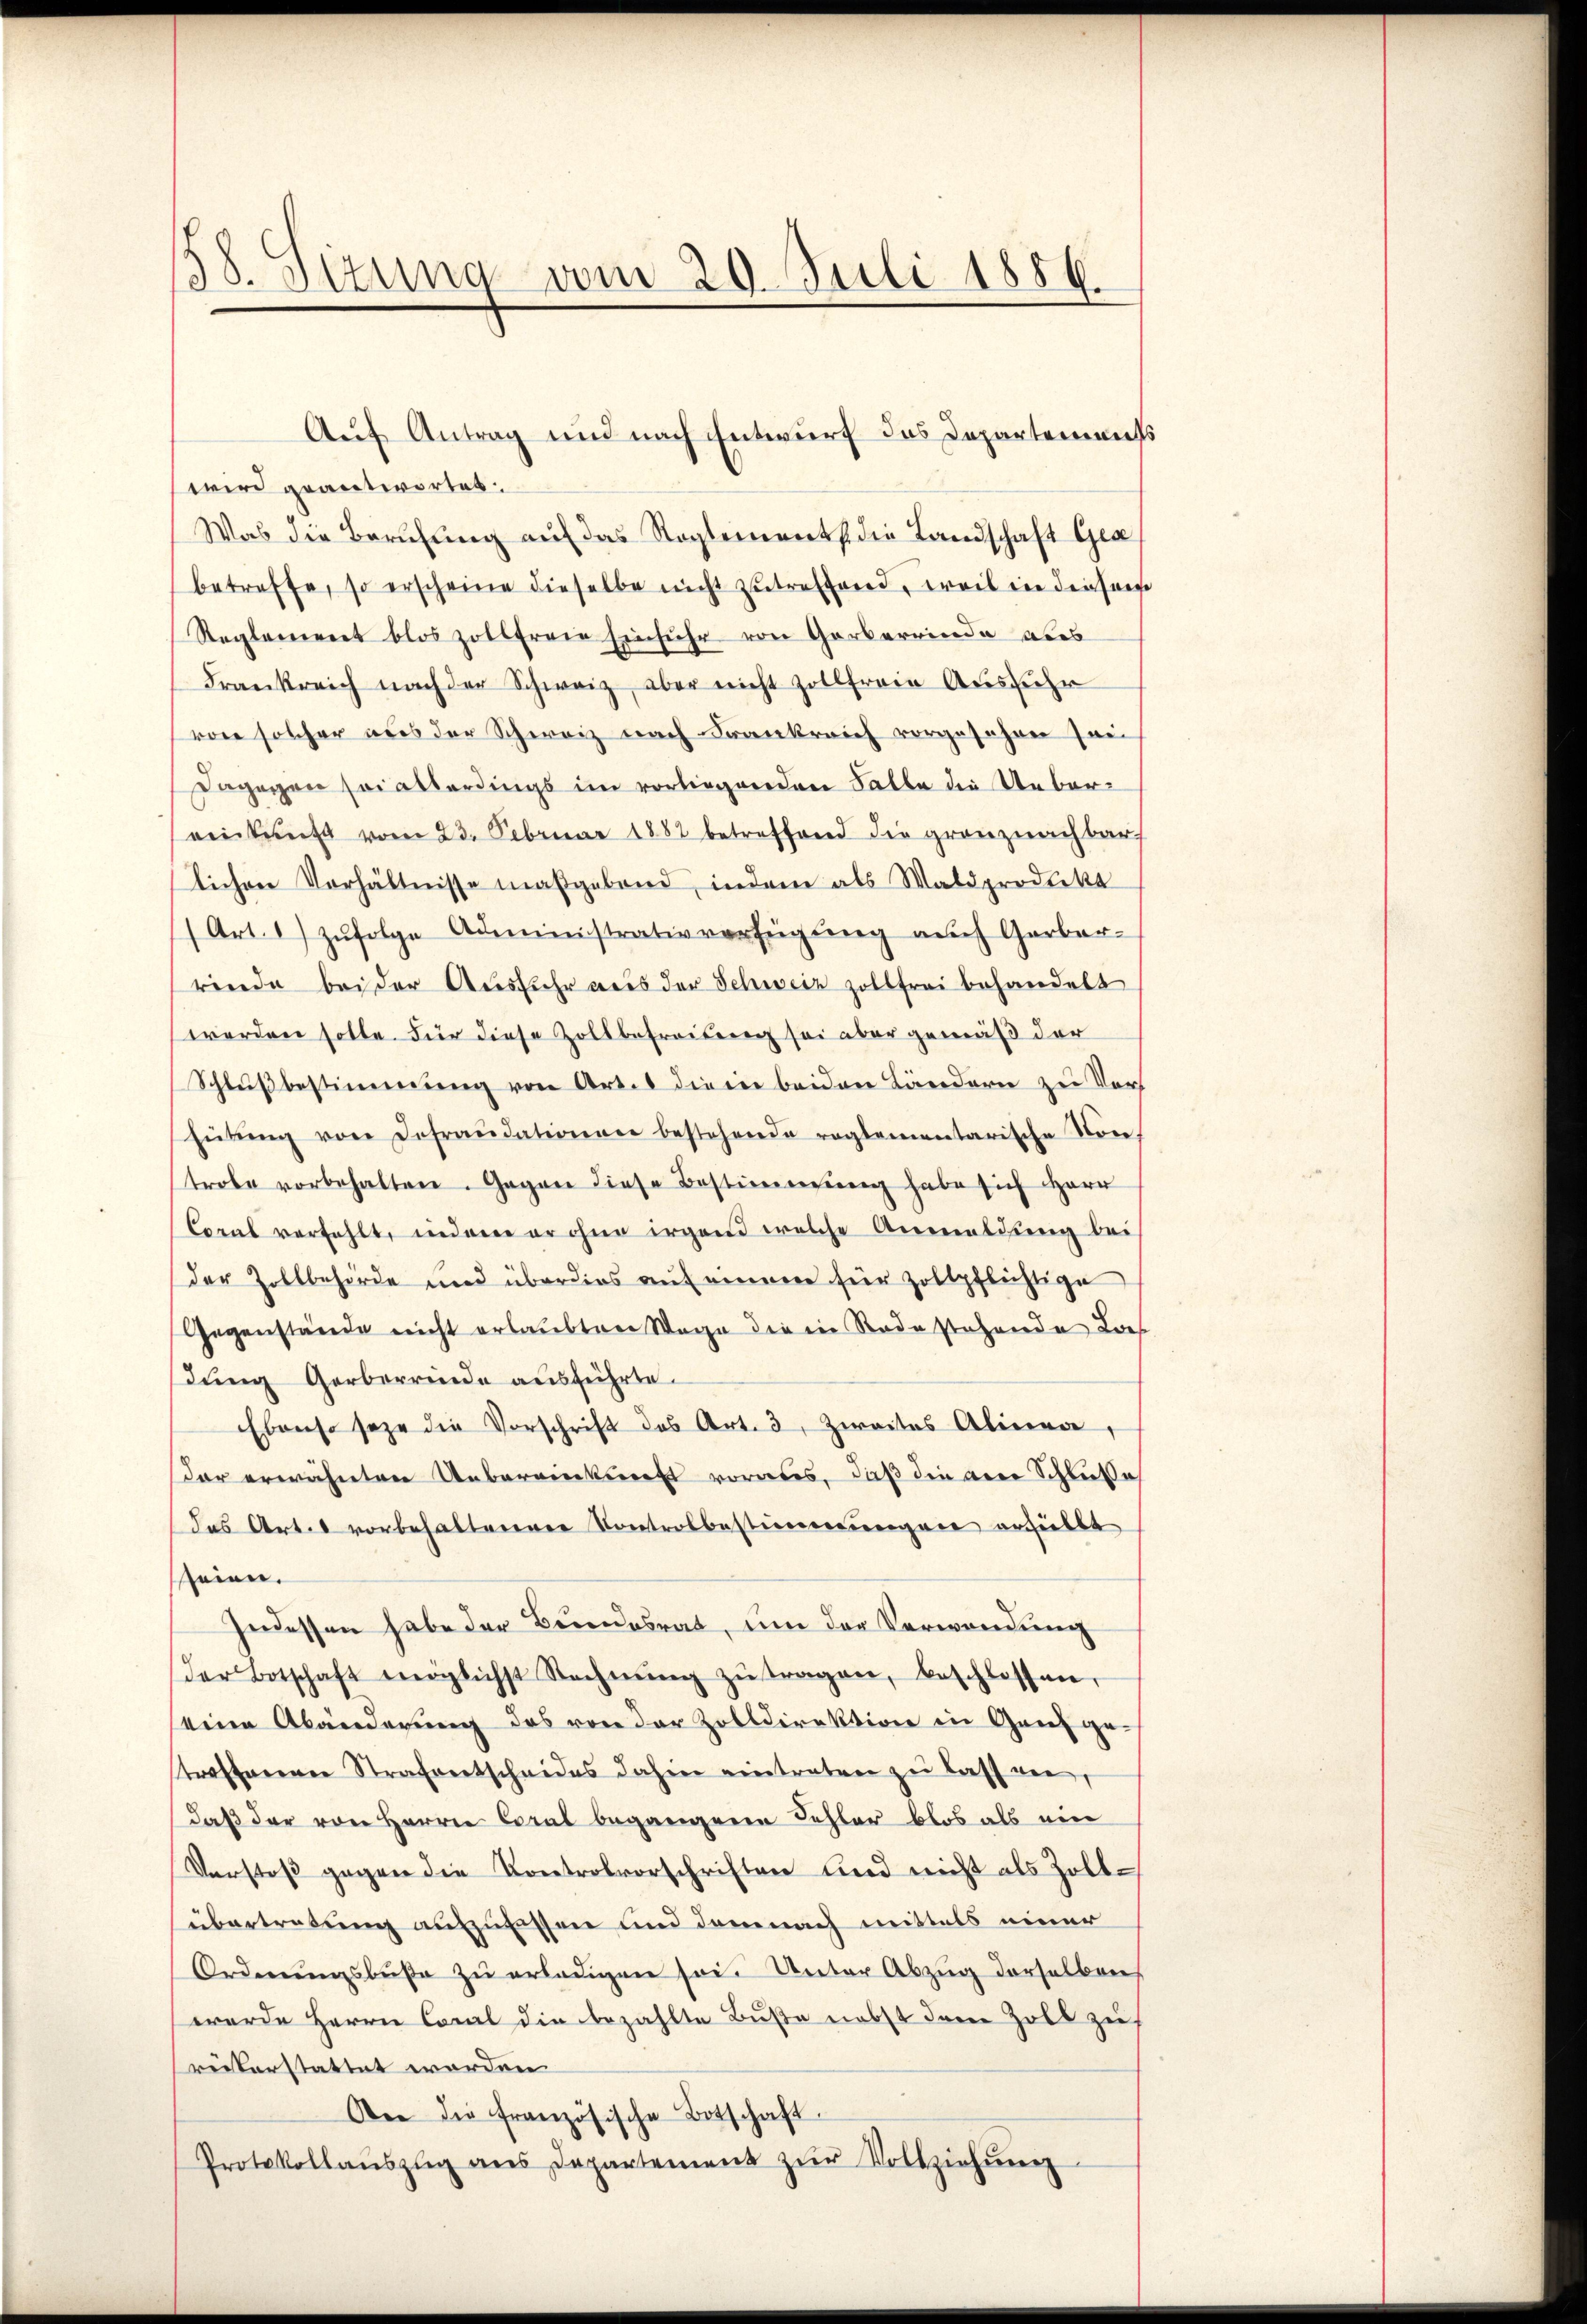
138. Sizung vom 20. Juli 1856

wird geantwortet.
Was die Berufung auf das Reglements die Landschaft Gra
betreffe, so erscheine dieselbe nicht zutreffend, weil in diesem
Reglement blos zollfreie Einfuhr von Garbereinde aus
Frankreich nach der Schweiz, aber nicht Zollfreie Ausführ
von solcher aus der Schweiz nach Frankreich vorgesehen zwei
dagegen sei allerdings im vorliegenden Falle die Uebereinkunft vom 23. Februar 1882 betreffend die grenznachbar
lichen Verhältnisse maßgebend, indem als Waldprodukt
(Art. 1) zŭfolge Administrativverfügŭng aŭch Garbar-
rinde bei der Ausfuhr aus der Schweiz zollfrei behandelt
werden solle. Für diese Zollbefreiung sei aber gemäß der
Schlußbestimmung von Art. die in beiden Ländern zu Vors
hütŭng von Defraudationen bestehende reglementarische None.
trobe vorbehalten. Gegen diese Bestimmung habe sich Herr
Coral verfehlt, indem er ohne irgend welche Anmeldung bei
der Zollbehörde und überdies auf eingen für Zollpflichtige
Gegenstände nicht erlaubten Wege die in Rade stehende Laes
dŭng Gerberrinde ausführte.
Ebenso seze die Vorschrift des Art. 3, Zweites Alinea,
dar erwähnten Unberankunft vordes, daß die aner Schluße
das Art. 1 vorbehaltenen Kontrolbestimmungen erhielt
seien.
Indessen habe der Bundesrat, um der Verwendung
Der Botschaft möglichst Rechnŭng zŭ tragen, beschlossen,
seine Abänderung des von der Zolldirektion in Genf getreffenenen Strafantscheides dahin eintraten zu lass vor,
daß der von Herrn Coral begangene Fehler blos als ein
Verstoß gegen die Kontrolvorschriften und nicht als Zollübertretung aufzufassen und demnach mittels einer
Ordnŭngsbŭβe zŭ erledigen sei. Unter Abzŭg derselben
werde Herrn Canal die bezahlte Buße nebst dem Zoll zu
reiterstattet worden
An die französische Botschaft.
Protokollaŭszŭg ans Departement zŭr Vollziehŭng

Auf Antrag und nach Entwurf das Departements